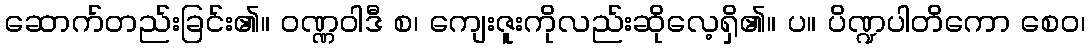
ဆောက်တည်းခြင်း၏။ ဝဏ္ဏဝါဒီ စ၊ ကျေးဇူးကိုလည်းဆိုလေ့ရှိ၏။ ပ။ ပိဏ္ဍပါတိကော စေဝ၊